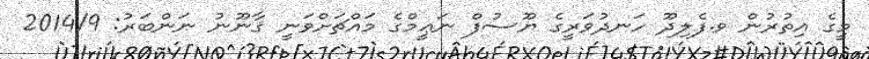
މީގެ އިތުރުން ވ.ފެލިދޫ ހަނދުވަރީގެ ޔޫސުފް ނަޢީމްގެ މައްޗަށްވަނީ ޤާނޫނު ނަންބަރު: 2014/9